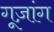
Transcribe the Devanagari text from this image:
गूज़ांग